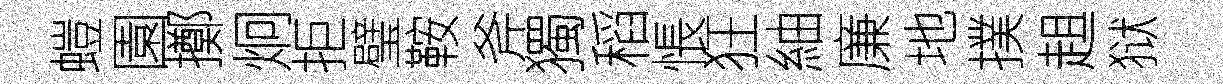
螘園擲炯拒璧鞍斧獨稻悵狂紬廉地撲趄狱